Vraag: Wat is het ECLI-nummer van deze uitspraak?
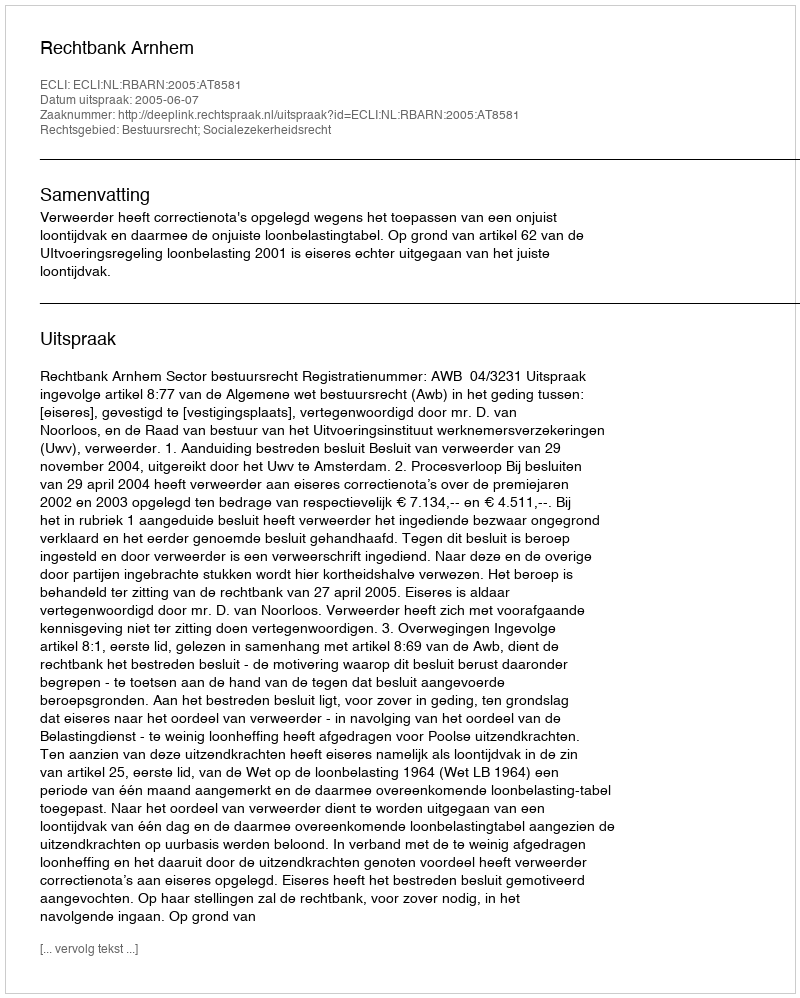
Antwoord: ECLI:NL:RBARN:2005:AT8581